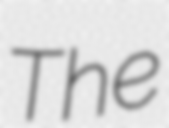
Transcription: The